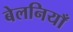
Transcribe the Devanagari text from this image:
बेलनियाँ